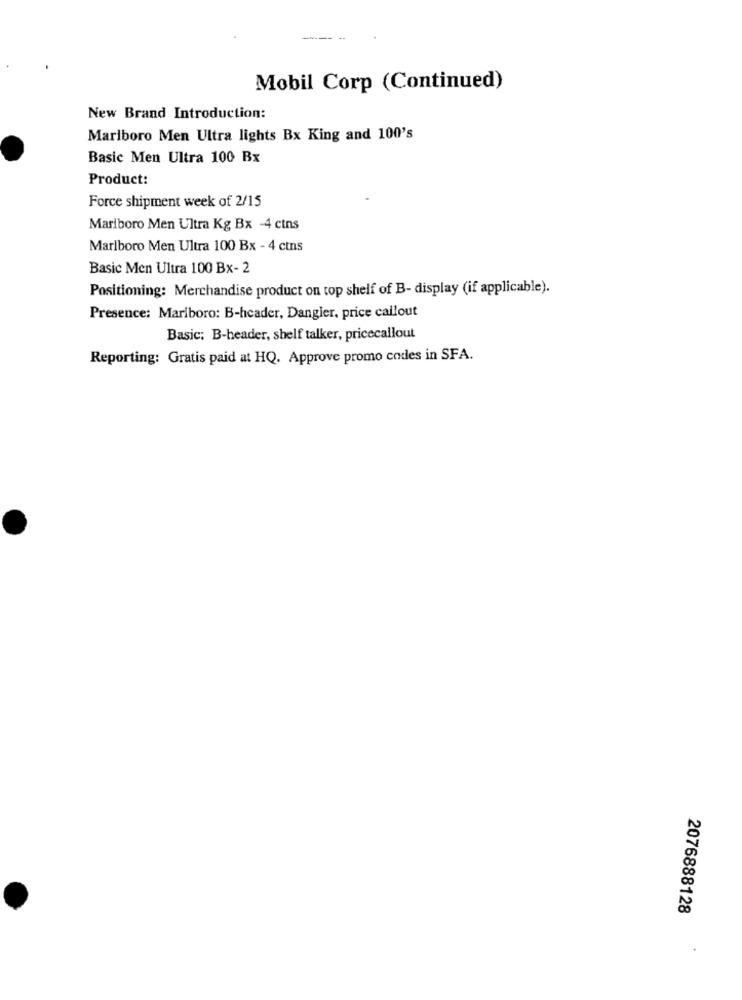
Mobil Corp (Continued)
New Brand Introduction:
Marlboro Men Ultra lights Bx King and 100's
Basic Men Ultra 100 Bx
Product:
Force shipment week of 2/15
Marlboro Men Ultra Kg Bx -4 cins
Marlboro Men Ultra 100 Bx - 4 ctns
Basic Men Ultra 100 Bx- 2
Positioning: Merchandise product on top shelf of B- display (if applicable).
Presence: Marlboro: B-header, Dangler, price callout
Basic; B-header, shelf talker, pricecallout
Reporting: Gratis paid at HQ. Approve promo codes in SFA.
2076888128
.